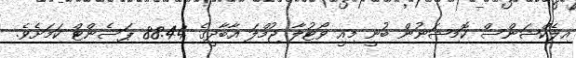
އިލެކްޝަންސް ކޮމިޝަނުން ބުނީ މިއީ ވޯޓުލާ ޖުމްލަ އާބާދީގެ 88.44 ޕަސެންޓް ކަމަށެވެ.